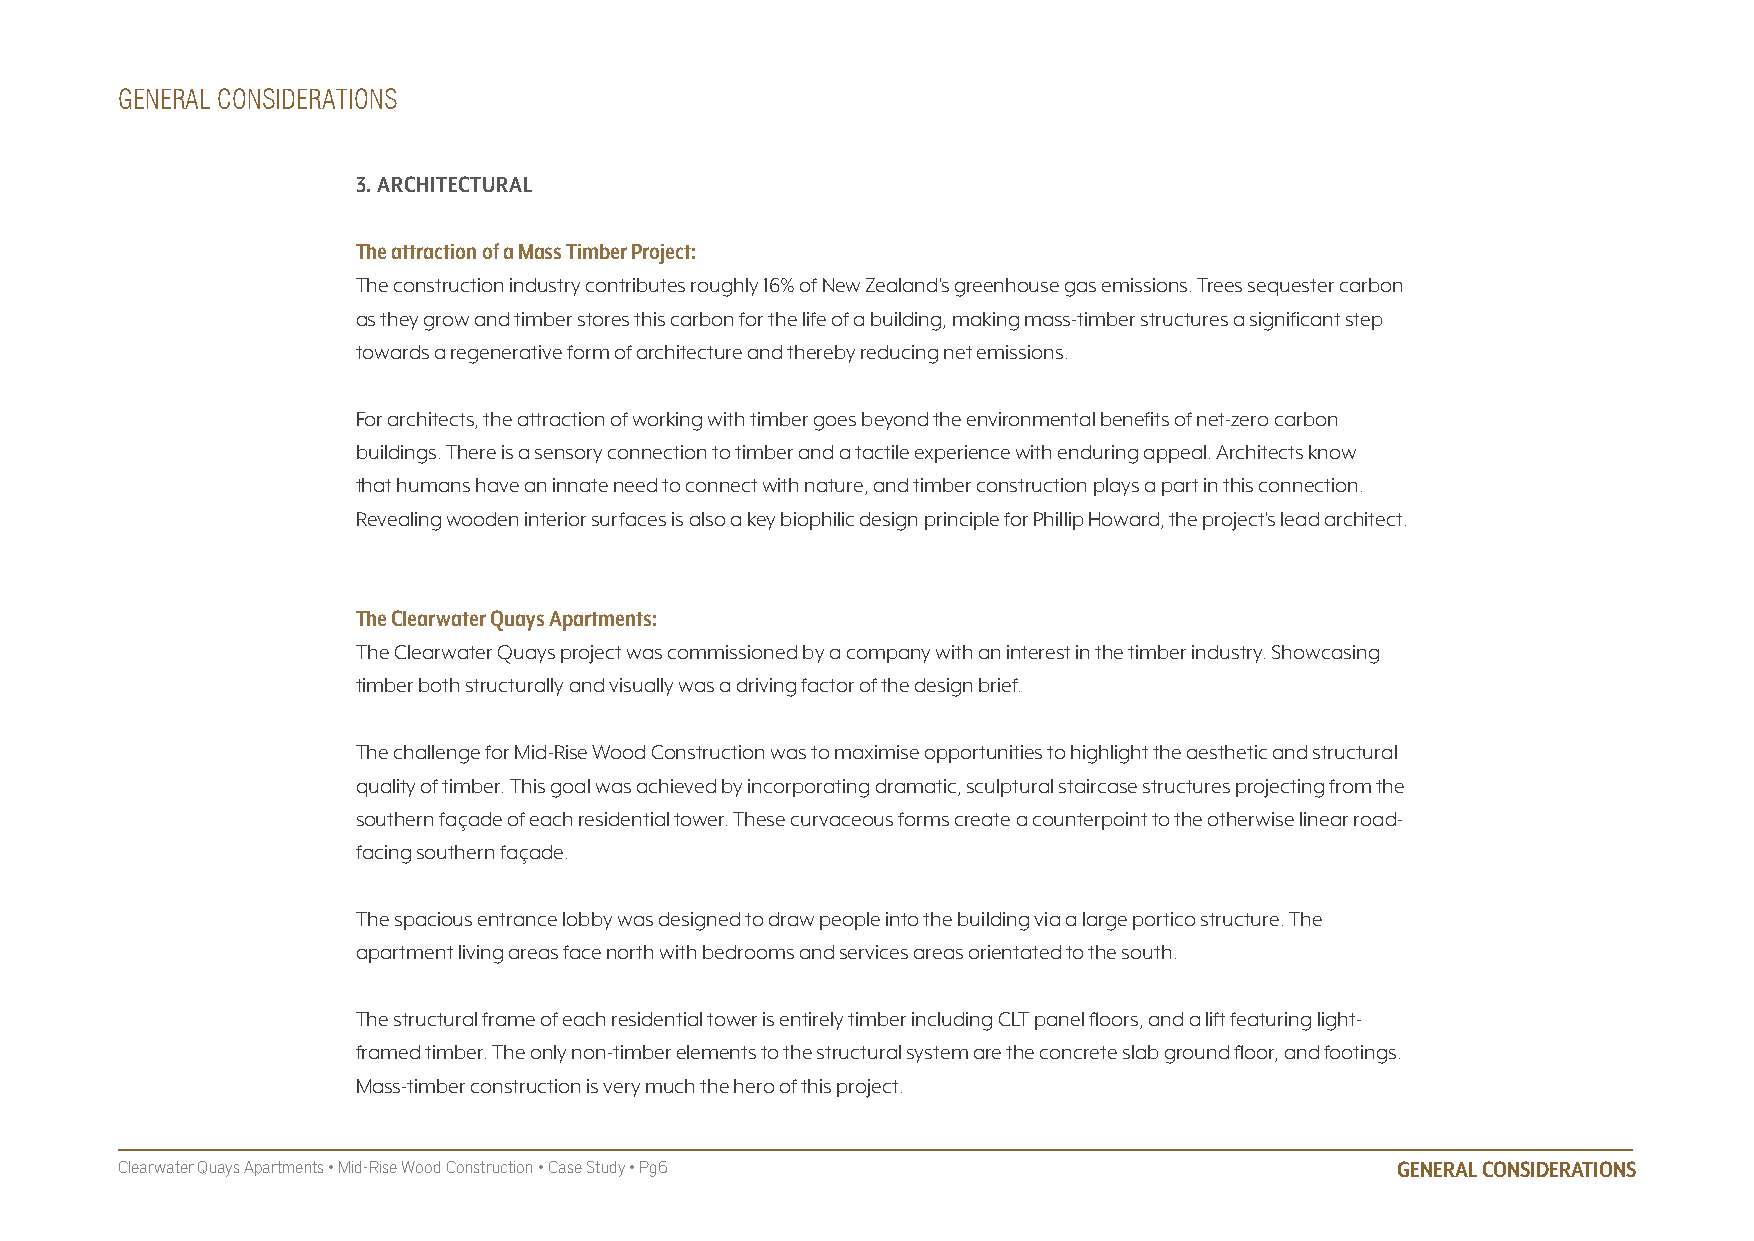
GENERAL CONSIDERATIONS
 3. ARChITECTURAL
 The attraction of a mass Timber Project:
 The construction industry contributes roughly 16% of New Zealand’s greenhouse gas emissions. Trees sequester carbon
 as they grow and timber stores this carbon for the life of a building, making mass-timber structures a significant step
 towards a regenerative form of architecture and thereby reducing net emissions.
 For architects, the attraction of working with timber goes beyond the environmental benefits of net-zero carbon
 buildings. There is a sensory connection to timber and a tactile experience with enduring appeal. Architects know
 that humans have an innate need to connect with nature, and timber construction plays a part in this connection.
 Revealing wooden interior surfaces is also a key biophilic design principle for Phillip Howard, the project’s lead architect.
 The Clearwater Quays Apartments:
 The Clearwater Quays project was commissioned by a company with an interest in the timber industry. Showcasing
 timber both structurally and visually was a driving factor of the design brief.
 The challenge for Mid-Rise Wood Construction was to maximise opportunities to highlight the aesthetic and structural
 quality of timber. This goal was achieved by incorporating dramatic, sculptural staircase structures projecting from the
 southern façade of each residential tower. These curvaceous forms create a counterpoint to the otherwise linear road-
 facing southern façade.
 The spacious entrance lobby was designed to draw people into the building via a large portico structure. The
 apartment living areas face north with bedrooms and services areas orientated to the south.
 The structural frame of each residential tower is entirely timber including CLT panel floors, and a lift featuring light-
 framed timber. The only non-timber elements to the structural system are the concrete slab ground floor, and footings.
 Mass-timber construction is very much the hero of this project.
 Clearwater Quays Apartments • Mid-Rise Wood Construction • Case Study • Pg6         GENERAL CONSIDERATIONS